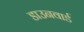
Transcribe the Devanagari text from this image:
डाउनवार्ड